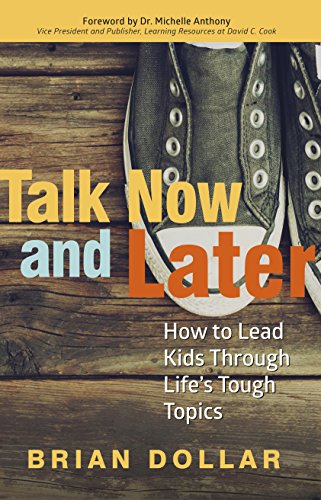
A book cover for Talk Now and Later: How to Lead Kids Through Life's Tough Topics; Brian Dollar; Christian Books & Bibles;